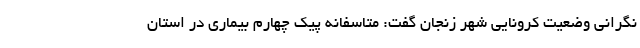
نگرانی وضعیت کرونایی شهر زنجان گفت: متاسفانه پیک چهارم بیماری در استان